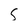
Character: S